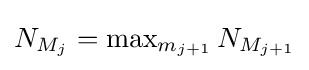
N_{M_{j}}=\max \nolimits _{m_{j+1}}N_{M_{j+1}}